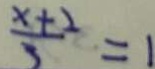
\frac { x + 2 } { 3 } = 1